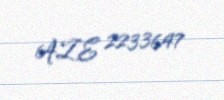
AZE 2233647